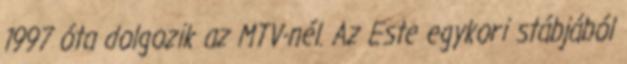
1997 óta dolgozik az MTV-nél. Az Este egykori stábjából